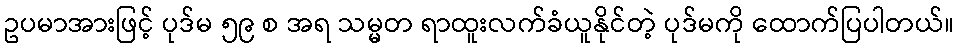
ဥပမာအားဖြင့် ပုဒ်မ ၅၉ စ အရ သမ္မတ ရာထူးလက်ခံယူနိုင်တဲ့ ပုဒ်မကို ထောက်ပြပါတယ်။